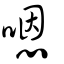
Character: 嗯